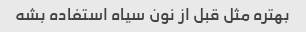
بهتره مثل قبل از نون سیاه استفاده بشه